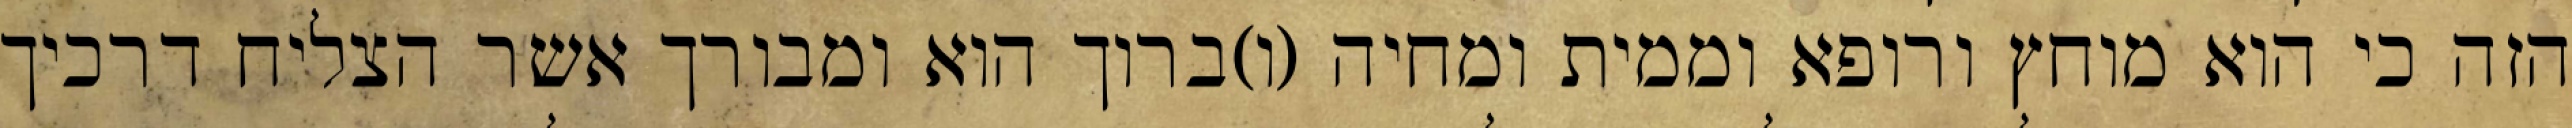
הזה כי הוא מוחץ ורופא וממית ומחיה (ו)ברוך הוא ומבורך אשר הצליח דרכיך